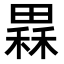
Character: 𤳂